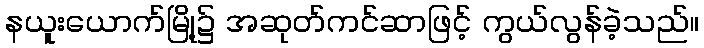
နယူးယောက်မြို့၌ အဆုတ်ကင်ဆာဖြင့် ကွယ်လွန်ခဲ့သည်။